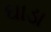
ઘાડા